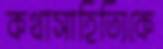
কথাসাহিত্যিকে